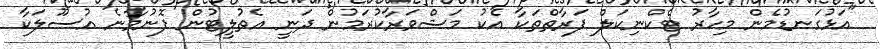
"އަޅުގަނޑުމެން މިހާރު ޓެކްނިކަލް ފަރާތްތަކާ އެކު މަޝްވަރާކުރަމުން ދަނީ އެތުލީޓުން ފޮނުވާނެ އުސޫލަކާ